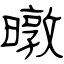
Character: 暾